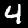
Label: 4